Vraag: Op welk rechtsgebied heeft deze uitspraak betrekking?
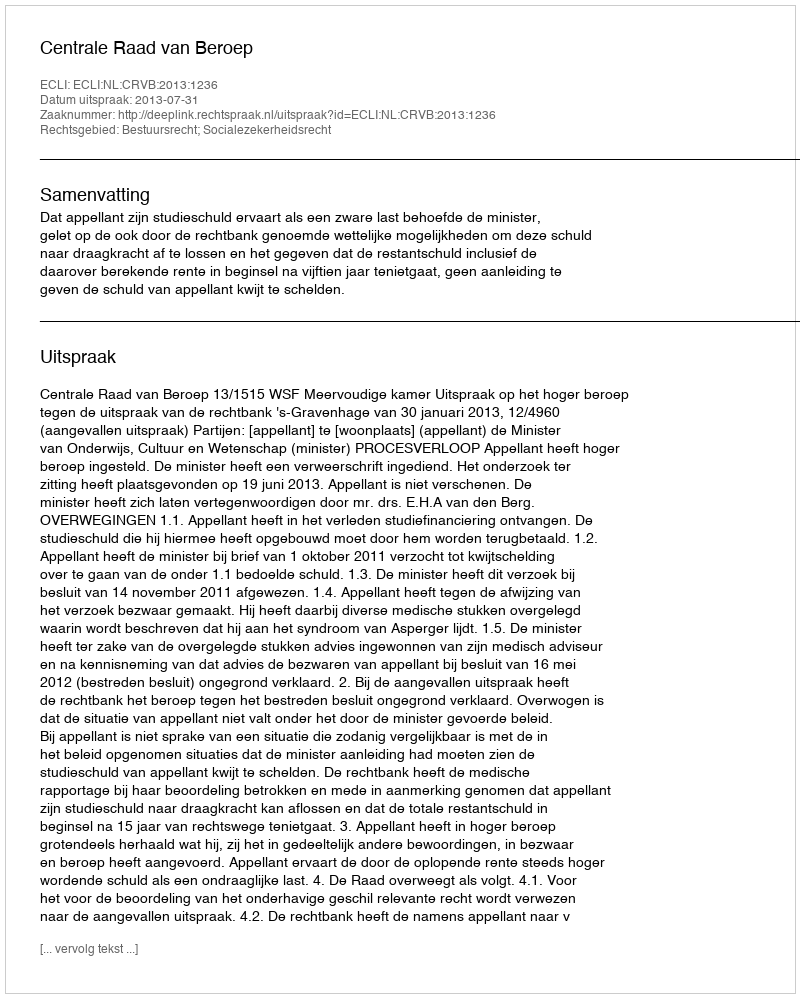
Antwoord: Bestuursrecht; Socialezekerheidsrecht